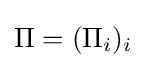
\Pi =(\Pi _{i})_{i}